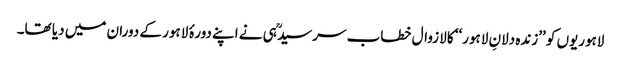
لاہوریوں کو ’’زندہ دلانِ لاہور‘‘ کا لازوال خطاب سرسیدؒ ہی نے اپنے دورۂ لاہور کے دوران میں دیا تھا۔